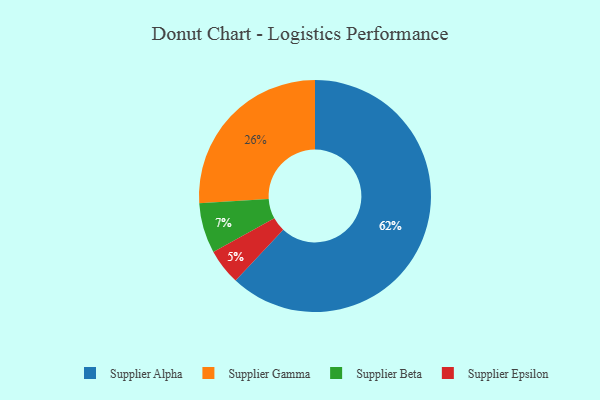
{"axis": {"x": "Category", "y": "Percentage"}, "legend": ["Supplier Alpha", "Supplier Beta", "Supplier Epsilon", "Supplier Gamma"], "data": [{"x": "Supplier Beta", "y": 7, "type": "Supplier Beta"}, {"x": "Supplier Epsilon", "y": 5, "type": "Supplier Epsilon"}, {"x": "Supplier Alpha", "y": 62, "type": "Supplier Alpha"}, {"x": "Supplier Gamma", "y": 26, "type": "Supplier Gamma"}]}